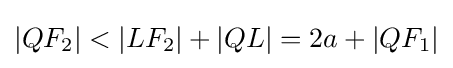
|QF_{2}|<|LF_{2}|+|QL|=2a+|QF_{1}|